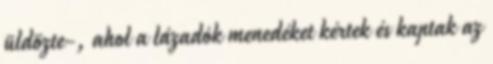
üldözte-, ahol a lázadók menedéket kértek és kaptak az